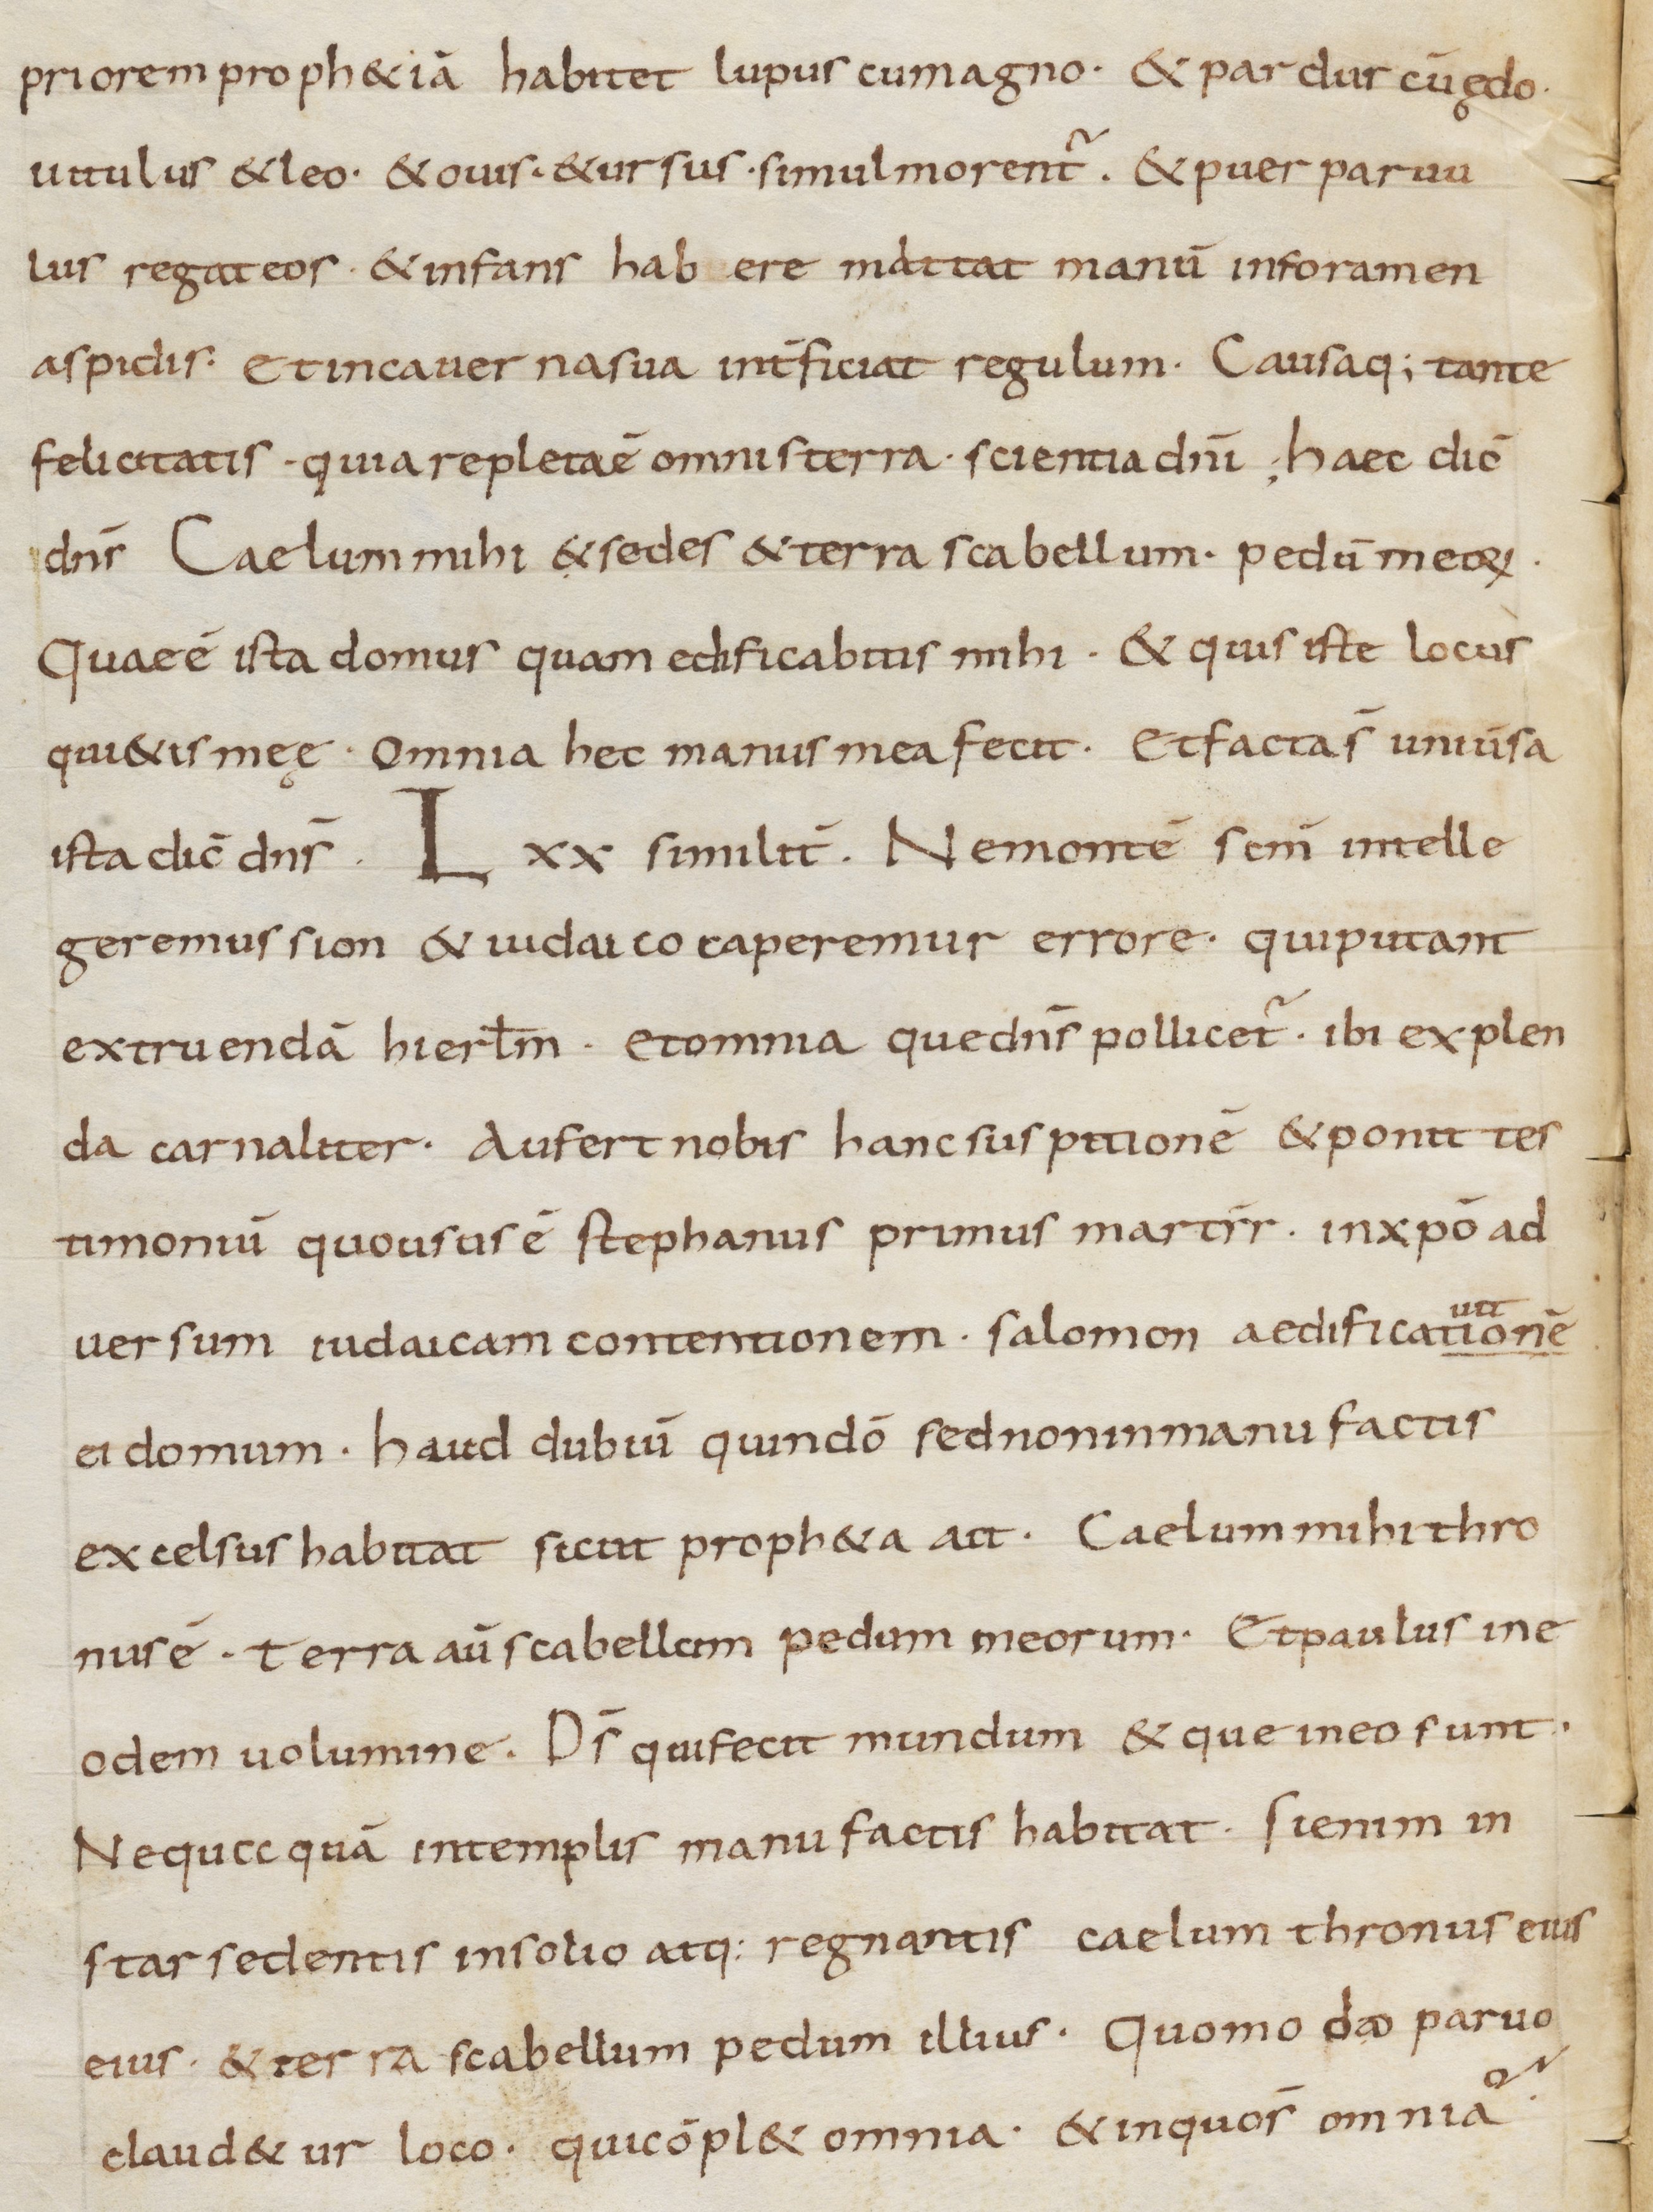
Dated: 800–899